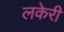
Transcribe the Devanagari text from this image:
लकेरी